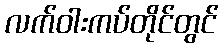
လက်ဝါးကပ်တိုင်တွင်